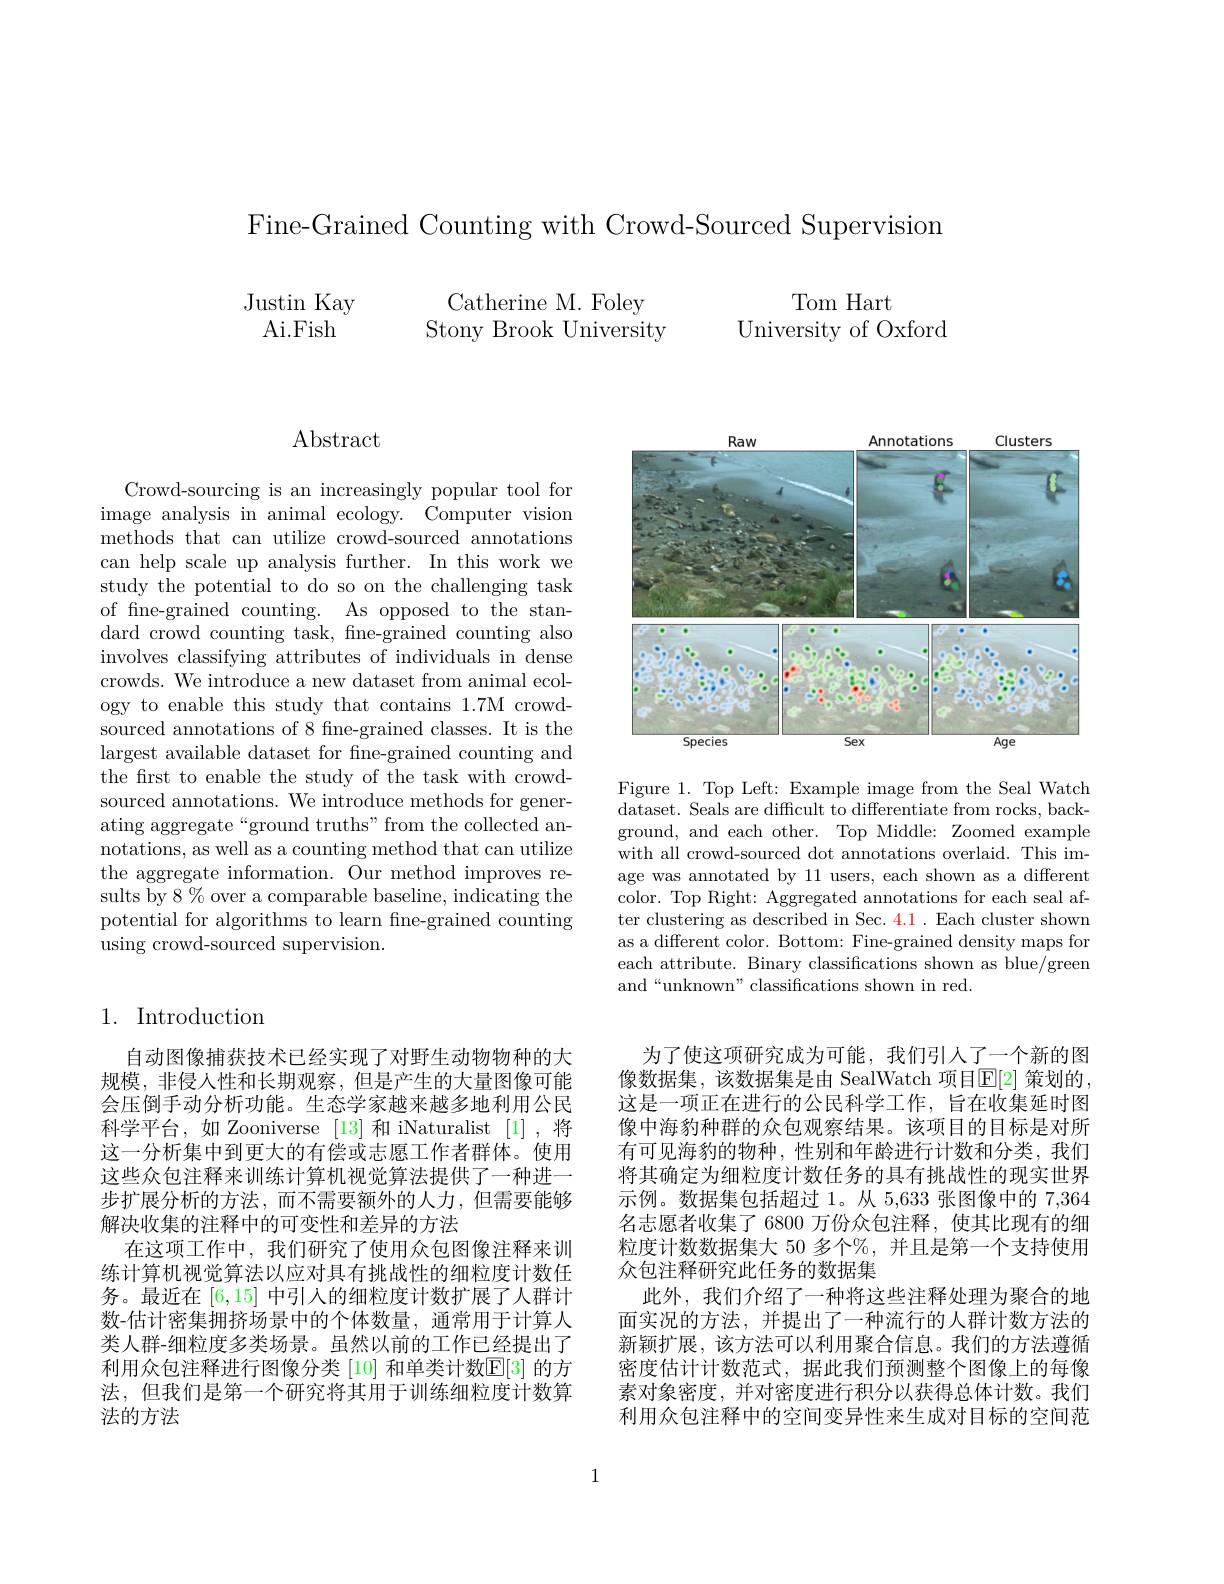
Fine-Grained Counting with Crowd-Sourced Supervision

Catherine M. Foley
Stony Brook University

Justin Kay
Ai.Fish

Tom Hart
University of Oxford

## Abstract

Crowd-sourcing is an increasingly popular tool for image analysis in animal ecology. Computer vision methods that can utilize crowd-sourced annotations can help scale up analysis further. In this work we study the potential to do so on the challenging task of fne-grained counting. As opposed to the standard crowd counting task, fne-grained counting also involves classifying attributes of individuals in dense crowds. We introduce a new dataset from animal ecology to enable this study that contains 1.7M crowdsourced annotations of 8 fine-grained classes. It is the largest available dataset for fine-grained counting and the first to enable the study of the task with crowdsourced annotations. We introduce methods for generating aggregate“ground truths”from the collected annotations, as well as a counting method that can utilize the aggregate information. $\bar{\text{Our method improves re-}}$ sults by 8 % over a comparable baseline, indicating the potential for algorithms to learn fne-grained counting using crowd-sourced supervision.

## 1. Introduction

自动图像捕获技术已经实现了对野生动物物种的大规模，非侵入性和长期观察，但是产生的大量图像可能会压倒手动分析功能。生态学家越来越多地利用公民科学平台，如 Zooniverse [13]和 iNaturalist [1],将这一分析集中到更大的有偿或志愿工作者群体。使用这些众包注释来训练计算机视觉算法提供了一种进一步扩展分析的方法，而不需要额外的人力，但需要能够解决收集的注释中的可变性和差异的方法
在这项工作中，我们研究了使用众包图像注释来训练计算机视觉算法以应对具有挑战性的细粒度计数任务。最近在[6,15]中引入的细粒度计数扩展了人群计数-估计密集拥挤场景中的个体数量，通常用于计算人类人群-细粒度多类场景。虽然以前的工作已经提出了利用众包注释进行图像分类 [10] 和单类计数$\mathbb{E}[3]$ 的方法，但我们是第一个研究将其用于训练细粒度计数算法的方法

<FigureHere>

Figure 1. Top Left: Example image from the Seal Watch dataset. Seals are difficult to differentiate from rocks, background, and each other. Top Middle: Zoomed example with all crowd-sourced dot annotations overlaid. This image was annotated by 11 users, each shown as a different color. Top Right: Aggregated annotations for each seal after clustering as described in Sec. 4.1 . Each cluster shown as a different color. Bottom: Fine-grained density maps for each attribute. Binary classifications shown as blue/green and“unknown”classifications shown in red.

为了使这项研究成为可能，我们引人了一个新的图像数据集，该数据集是由 SealWatch 项目$\operatorname{E}[2]$ 策划的 , 这是一项正在进行的公民科学工作，旨在收集延时图像中海豹种群的众包观察结果。该项目的目标是对所有可见海豹的物种，性别和年龄进行计数和分类，我们将其确定为细粒度计数任务的具有挑战性的现实世界示例。数据集包括超过 1。从 5,633 张图像中的 7,364名志愿者收集了 6800 万份众包注释，使其比现有的细粒度计数数据集大 50 多个%,并且是第一个支持使用众包注释研究此任务的数据集
此外，我们介绍了一种将这些注释处理为聚合的地面实况的方法，并提出了一种流行的人群计数方法的新颖扩展，该方法可以利用聚合信息。我们的方法遵循密度估计计数范式，据此我们预测整个图像上的每像素对象密度，并对密度进行积分以获得总体计数。我们利用众包注释中的空间变异性来生成对目标的空间范

1